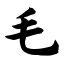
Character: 毛